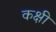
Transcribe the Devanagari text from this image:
कक्षी